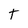
Character: T